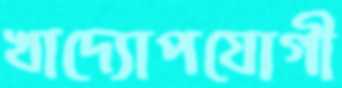
খাদ্যোপযোগী